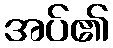
အပ်၏